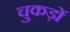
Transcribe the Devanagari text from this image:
चुकड़ों